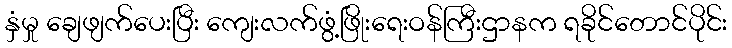
နှံမှု ချေဖျက်ပေးပြီး ကျေးလက်ဖွံ့ဖြိုးရေးဝန်ကြီးဌာနက ရခိုင်တောင်ပိုင်း